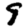
Digit: 9